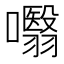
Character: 𭌣